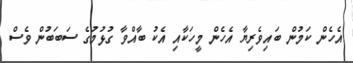
އެހެން ކަމުން ބައިވެރިޔާ އެހެން މީހަކާއި އެކު ބާއްވާ ގުޅުމުގެ ސަބަބުން ވެސް